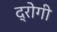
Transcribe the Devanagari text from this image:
द्रोगी